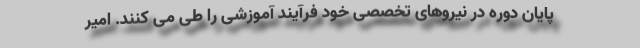
پایان دوره در نیروهای تخصصی خود فرآیند آموزشی را طی می کنند. امیر